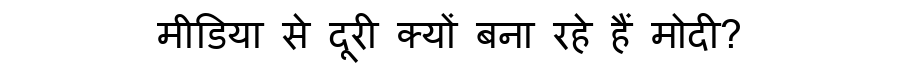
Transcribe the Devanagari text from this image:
मीडिया से दूरी क्यों बना रहे हैं मोदी?